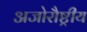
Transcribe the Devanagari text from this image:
अजोरौष्ट्रीय